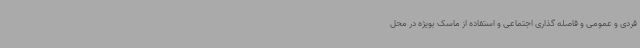
فردی و عمومی و فاصله گذاری اجتماعی و استفاده از ماسک بویژه در محل